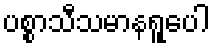
ပစ္စာသီသမာနရူပေါ